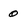
Character: 0